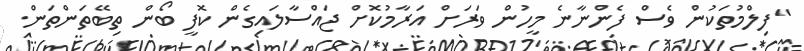
"ފިލްމުތަކުން ވެސް ފެންނާނެ މީހުން ވަރަށް އަރާމުކޮށް ޖައްސާލައިގެން ކޮފީ ބޯން ތިބޭތަންތަން.